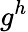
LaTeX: g^{h}